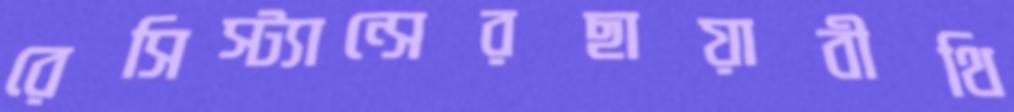
রেসিস্ট্যান্সেরছায়াবীথি